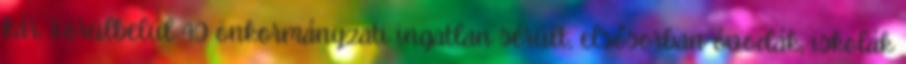
kár. Körülbelül 40 önkormányzati ingatlan sérült, elsősorban óvodák, iskolák